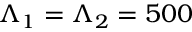
\Lambda _ { 1 } = \Lambda _ { 2 } = 5 0 0